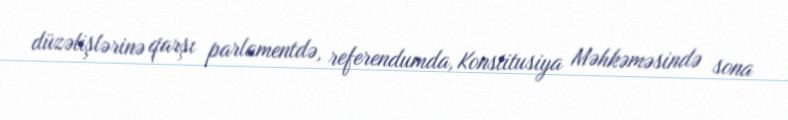
düzəlişlərinə qarşı parlamentdə, referendumda, Konstitusiya Məhkəməsində sona